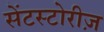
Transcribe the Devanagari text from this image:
सेंटस्टोरीज़